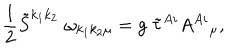
LaTeX: \frac { 1 } { 2 } \tilde { S } ^ { k _ { 1 } k _ { 2 } } \; \omega _ { k _ { 1 } k _ { 2 } \mu } = g \; \tilde { \tau } ^ { A i } A ^ { A i } { } _ { \mu } ,